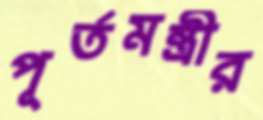
পূর্তমন্ত্রীর